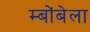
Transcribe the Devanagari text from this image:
म्बोंबेला